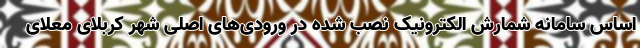
اساس سامانه شمارش الکترونیک نصب شده در ورودی‌های اصلی شهر کربلای معلای